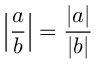
\left| { \frac { a } { b } } \right| = { \frac { | a | } { | b | } }